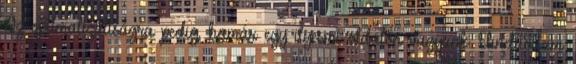
Az optimalizáltságra pedig, hamár egy ilyesmi oldalon vagyunk: Elindítottam